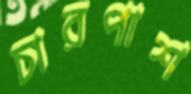
চারপাশ